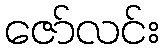
ဇော်လင်း